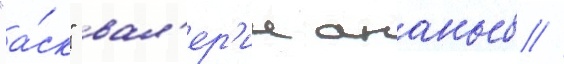
"а́ск" вал'ер'ии ананьев //